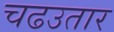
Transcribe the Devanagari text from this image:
चढउतार